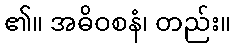
၏။ အဓိဝစနံ၊ တည်း။